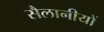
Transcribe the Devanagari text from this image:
सैलानीयों